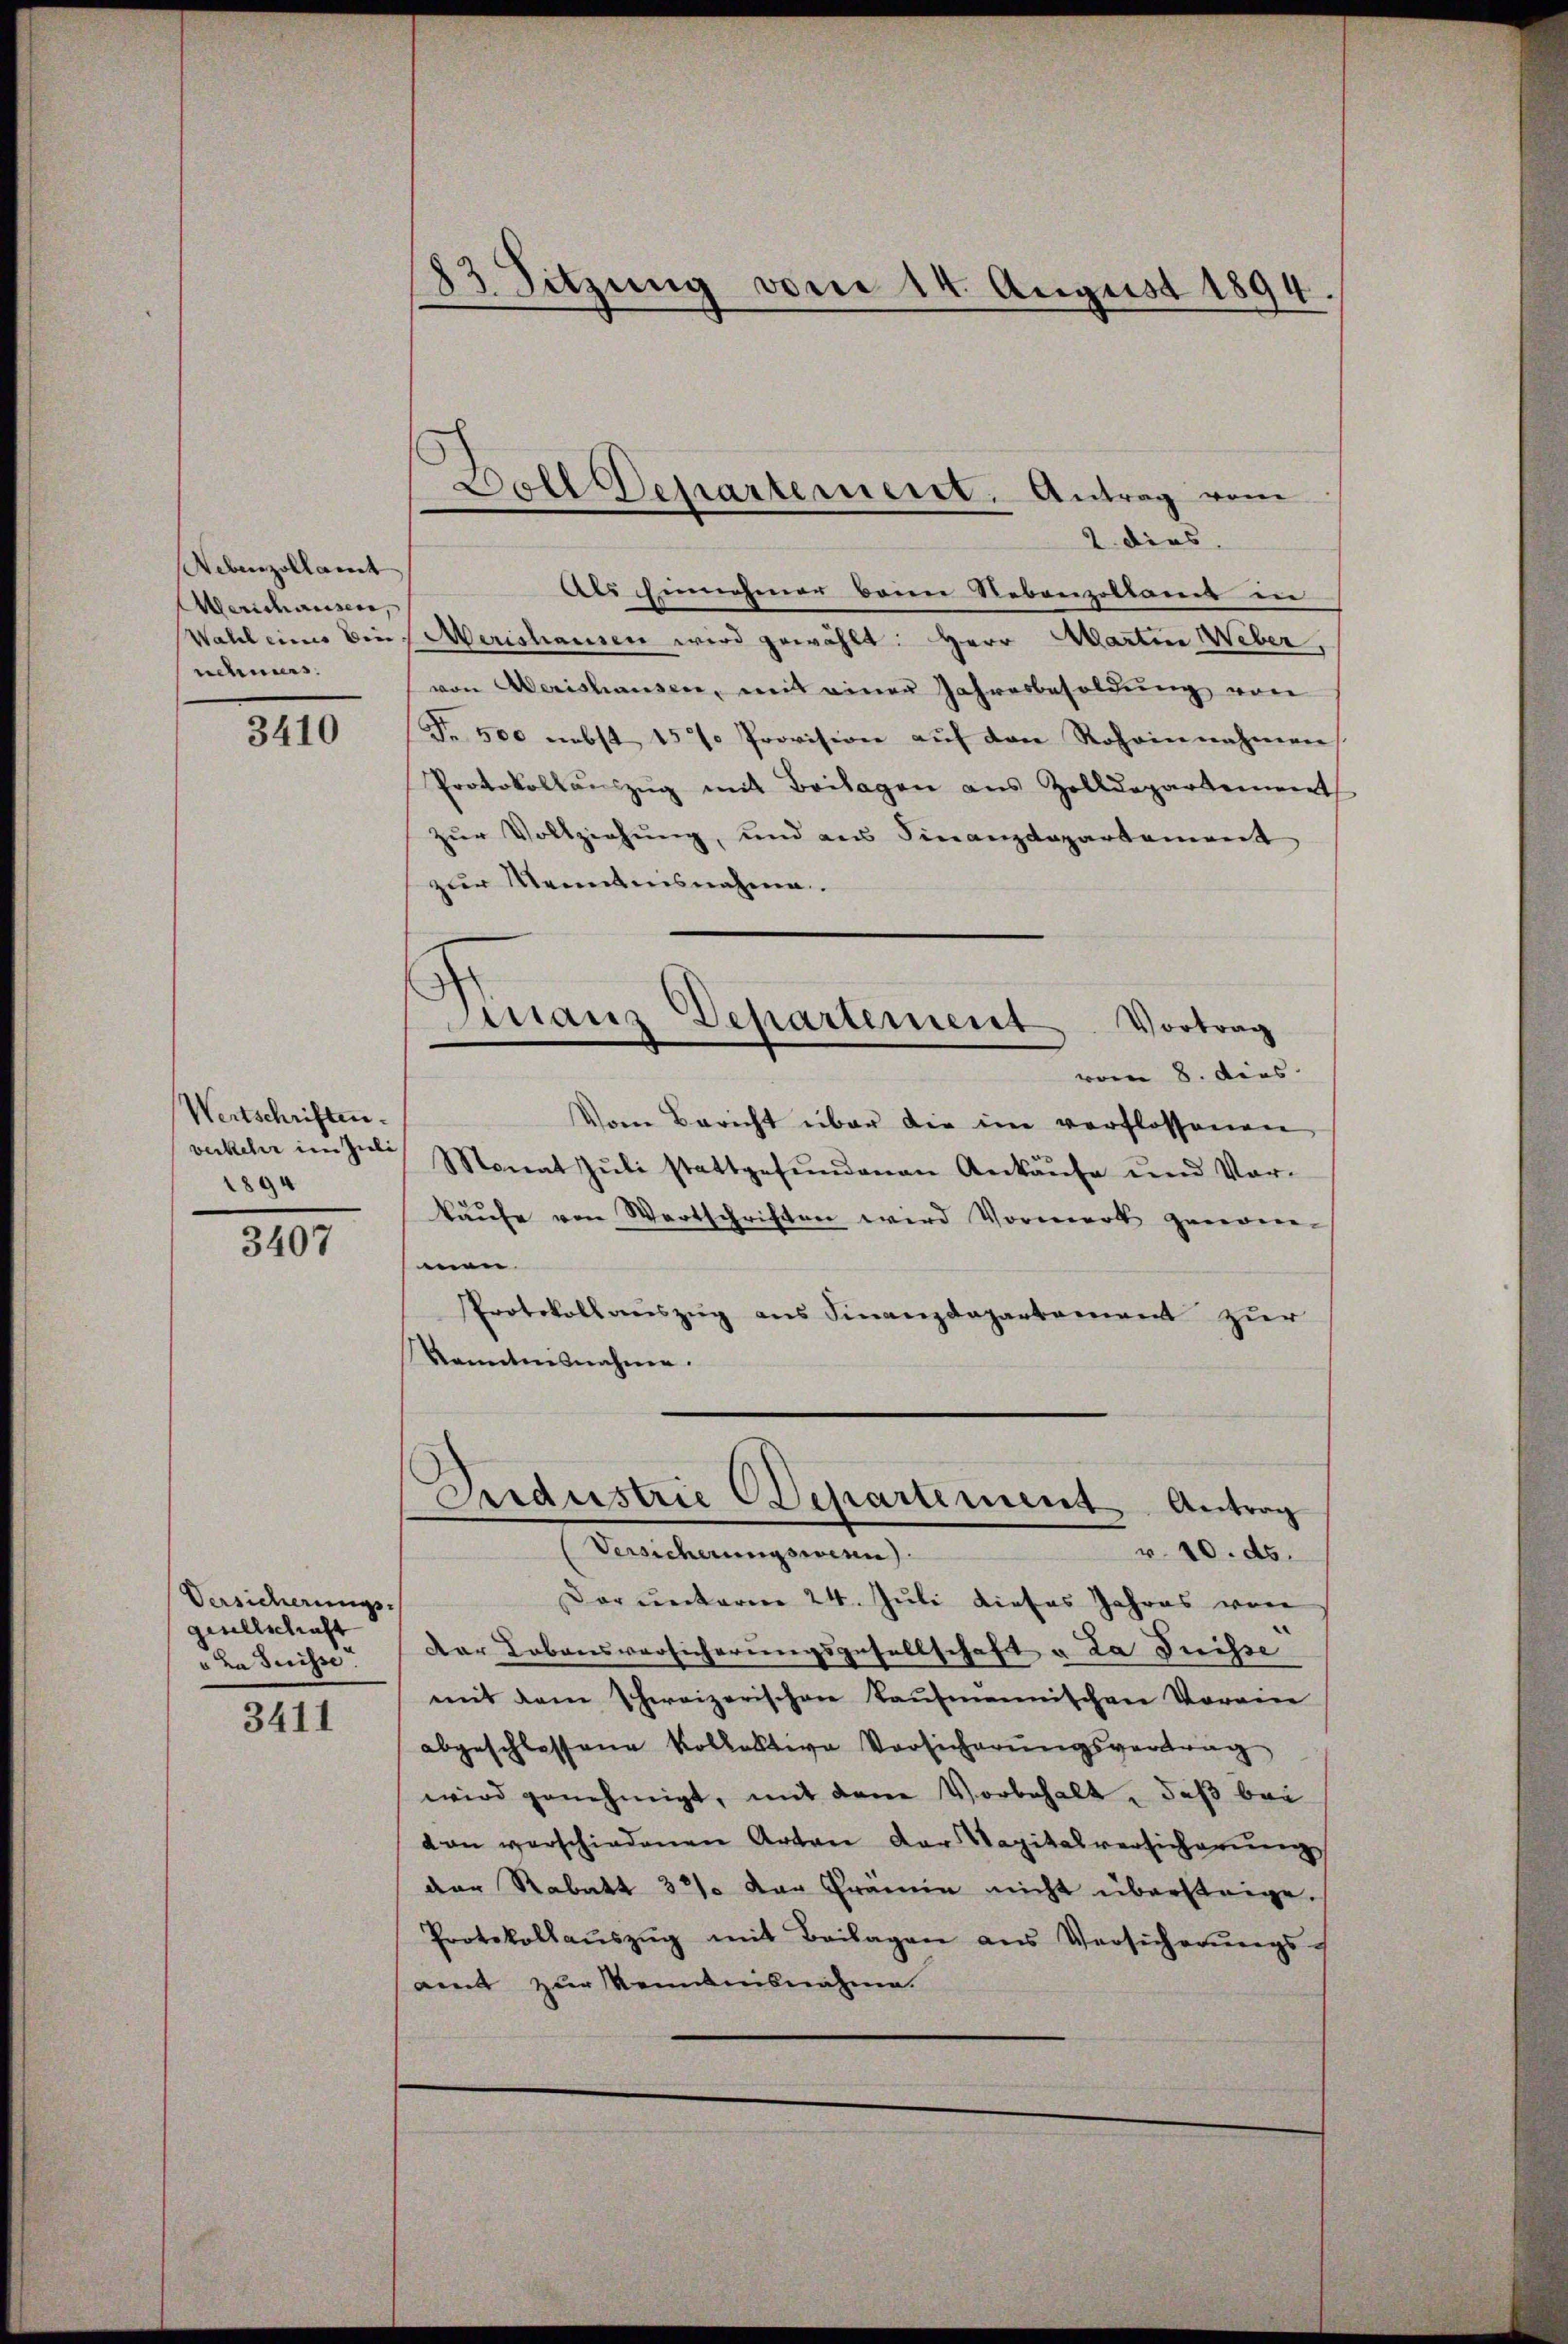
Nebenzollamt
Merschausen,
nehmers.

3410

Wertschriften.
verkehr im Juli
1894

3407

Versicherungs-
gesellschaft
" Da Suisse.

3411

83 Sitzung vom 14. August 1894.

Als Einnehmer beim Nebenzollamt in
Wahl eines bin, Merishausen wird gewählt: Herr Martine Weber,
von Oerishausen, mit einer Jahresbesoldŭng von
Fr. 500 nebst 15 % Provision auf den Rohainnahmen
Protokollauszug mit Beilagen aus Zolldepartement
zur Vollziehung, und aus Finanzdepartement
zur Menntnisnahme.
Vom Bericht über die im verflossenen
Monat Jŭli stattgefŭndenen Ankaŭfe und Vor-
kaŭfe von Wortschriften wird Vormerk genom-
men
Protokollauszug aus Finanzdepartement zur
kanntnisnahme.
Endustrie Departement Antrag
Versicherungswesen).
r. 10. ds.
Darunterm 24. Juli dieses Jahres von
Dar Lobensversicherungsgesellschaft u. La dnisse
mit dem Schweizerischen Kaŭfmannischen Vorein
abgeschlossene Kollektive Vorsicherŭngsvertrag
wird genehmigt, mit den Vorbehalt, daß bei
von verschiedenen Arten der Kapitalversicherŭng
der Rabatt 32 der Prämie nicht übersteige.
Protokollaŭszŭg mit Beilagen aus Versicherŭngs-
amt zur Kenntnisnahme.

Doll Departemeist. Antrag vom
2. dies

Kranz Departement. Vortrag
vom 8. dies